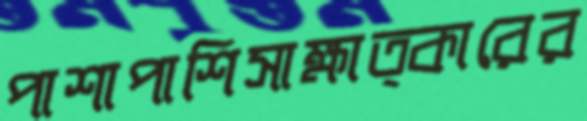
পাশাপাশিসাক্ষাত্কারের